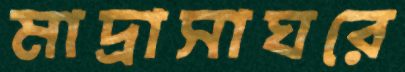
মাদ্রাসাঘরে